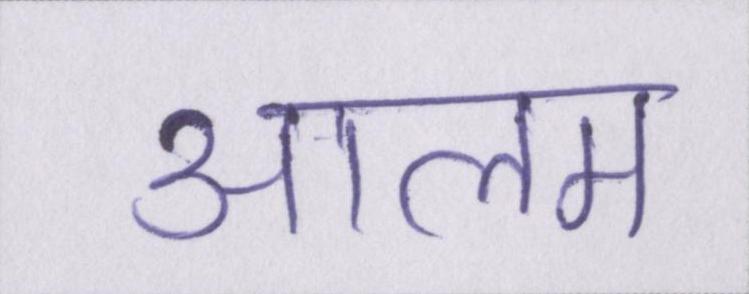
आलम